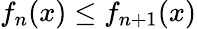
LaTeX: f_{n}(x)\leq f_{n+1}(x)